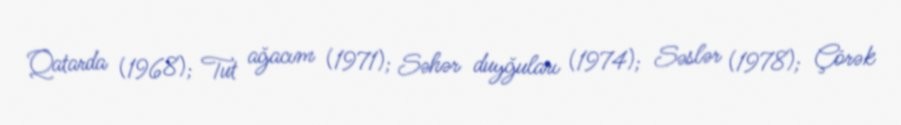
Qatarda (1968); Tut ağacım (1971); Səhər duyğuları (1974); Səslər (1978); Çörək